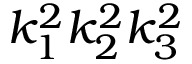
k _ { 1 } ^ { 2 } k _ { 2 } ^ { 2 } k _ { 3 } ^ { 2 }